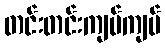
တင်းတင်းကျပ်ကျပ်